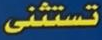
تستثنى